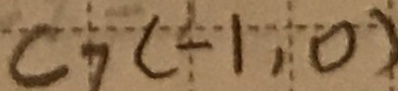
C _ { 7 } ( - 1 , 0 )